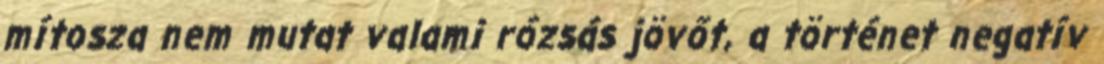
mítosza nem mutat valami rózsás jövőt, a történet negatív